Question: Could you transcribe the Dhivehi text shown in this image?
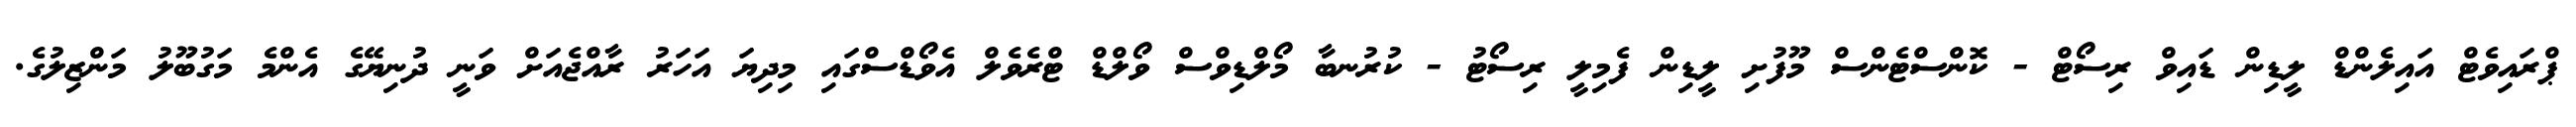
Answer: ޕްރައިވެޓް އައިލެންޑް ލީޑިން ޑައިވް ރިސޯޓް - ކޮންސްޓެންސް މޫފުށި ލީޑިން ފެމިލީ ރިސޯޓު - ކުރުނބާ މޯލްޑިވްސް ވޯލްޑް ޓްރެވެލް އެވޯޑްސްގައި މިދިޔަ އަހަރު ރާއްޖެއަށް ވަނީ ދުނިޔޭގެ އެންމެ މަގުބޫލު މަންޒިލުގެ.